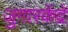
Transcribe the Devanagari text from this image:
जुगारकेंद्रे